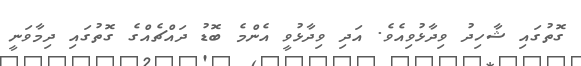
ގޮތުގައި ޝާހިދު ވިދާޅުވިއެވެ. އަދި ވިދާޅުވީ އެންމެ ބޮޑު ދައްޗެއްގެ ގޮތުގައި ދިމާވަނީ